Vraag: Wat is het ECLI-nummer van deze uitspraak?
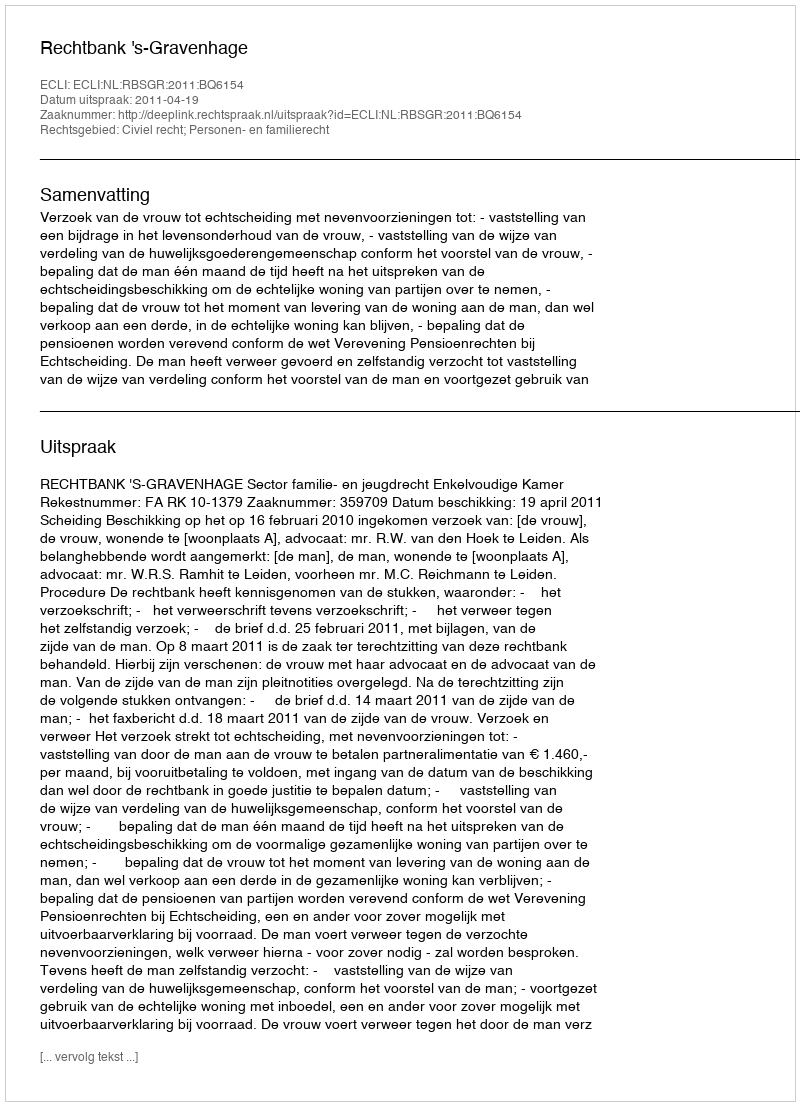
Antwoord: ECLI:NL:RBSGR:2011:BQ6154